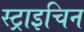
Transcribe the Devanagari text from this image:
स्ट्राइचिन